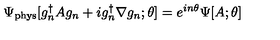
\Psi _ { \mathrm { p h y s } } [ g _ { n } ^ { \dagger } A g _ { n } + i g _ { n } ^ { \dagger } \nabla g _ { n } ; \theta ] = e ^ { i n \theta } \Psi [ A ; \theta ]